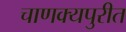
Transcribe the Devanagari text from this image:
चाणक्यपुरीत